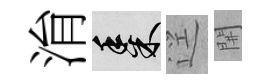
㳙黍逕𨳩